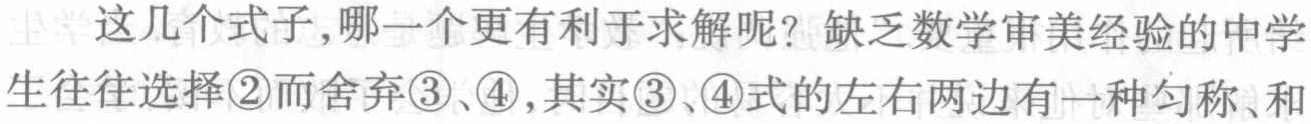
这几个式子,哪一个更有利于求解呢？缺乏数学审美经验的中学生往往选择\textcircled{2}而舍弃\textcircled{3}、\textcircled{4},其实\textcircled{3}、\textcircled{4}式的左右两边有一种匀称、和